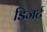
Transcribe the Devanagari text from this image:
डिजर्ट